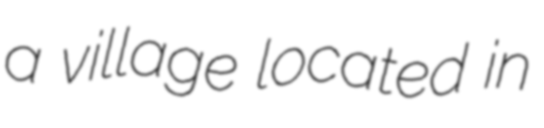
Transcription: a village located in